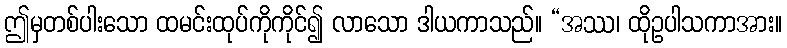
ဤမှတစ်ပါးသော ထမင်းထုပ်ကိုကိုင်၍ လာသော ဒါယကာသည်။ “အဿ၊ ထိုဥပါသကာအား။